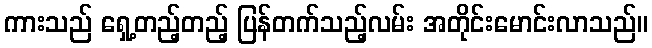
ကားသည် ရှေ့တည့်တည့် ပြန်တက်သည့်လမ်း အတိုင်းမောင်းလာသည်။